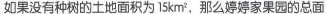
如果没有种树的土地面积为15km^{2}，那么婷婷家果园的总面